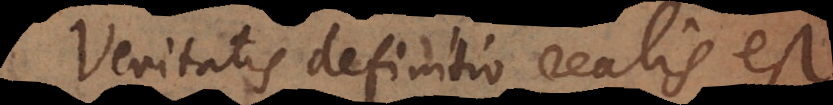
Veritatis definitio realis est.